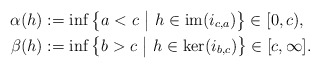
\begin{align*} \alpha(h)&:=\inf\big\{a < c\ \big|\ h\in \textrm{im}(i_{c,a})\big\}\in[0,c),\\ \beta(h)&:=\inf\big\{b > c\ \big|\ h\in\ker(i_{b,c})\big\}\in[c,\infty].\end{align*}